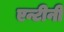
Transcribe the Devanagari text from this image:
एन्टीनी